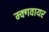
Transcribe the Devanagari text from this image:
म्क्गवायर